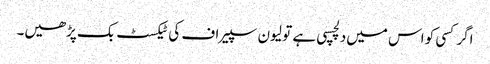
اگر کسی کو اس میں‌دلچسپی ہے تو لیون سپیراف کی ٹیکسٹ بک پڑھیں۔